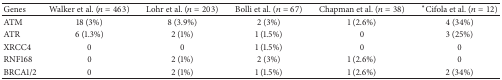
<table><thead><tr><td><b>Genes</b></td><td><b>Walker et al. (<i>n</i> = 463) </b></td><td><b>Lohr et al. (<i>n</i> = 203)</b></td><td><b>Bolli et al. (<i>n</i> = 67)</b></td><td><b>Chapman et al. (<i>n</i> = 38)</b></td><td><b><sup><i>∗</i></sup>Cifola et al. (<i>n</i> = 12)</b></td></tr></thead><tbody><tr><td>ATM</td><td>18 (3%)</td><td>8 (3.9%)</td><td>2 (3%)</td><td>1 (2.6%)</td><td>4 (34%)</td></tr><tr><td>ATR</td><td>6 (1.3%)</td><td>2 (1%)</td><td>1 (1.5%)</td><td>0</td><td>3 (25%)</td></tr><tr><td>XRCC4</td><td>0</td><td>0</td><td>1 (1.5%)</td><td>0</td><td>0</td></tr><tr><td>RNF168</td><td>0</td><td>2 (1%)</td><td>2 (3%)</td><td>1 (2.6%)</td><td>0</td></tr><tr><td>BRCA1/2</td><td>0</td><td>2 (1%)</td><td>1 (1.5%)</td><td>1 (2.6%)</td><td>2 (34%)</td></tr></tbody></table>